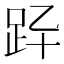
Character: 𧿎